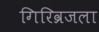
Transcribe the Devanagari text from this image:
गिरिव्रजला